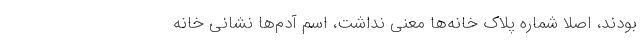
بودند، اصلاً شماره پلاک خانه‌ها معنی نداشت، اسم آدم‌ها نشانی خانه